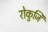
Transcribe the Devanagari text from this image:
रोकुजि